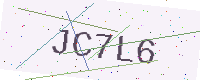
Text: JC7L6